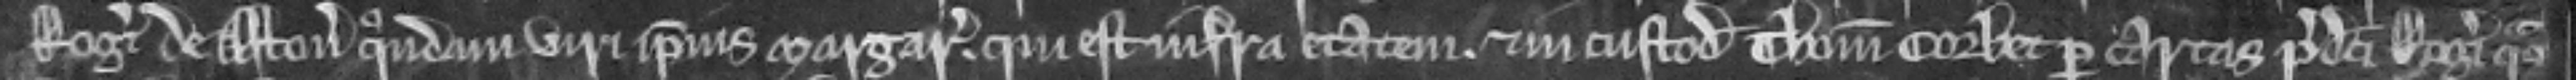
Rogeri de Aston quondam viri ipsius Margarete. qui est infra etatem. et in custodia Thome Corbet per cartas predicti Rogeri